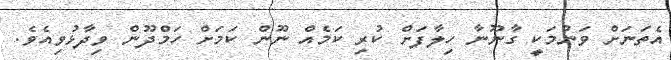
އެތަނަށް ވަނުމަކީ ގާނޫނާ ހިލާފަށް ކުރި ކަމެއް ނޫން ކަމަށް ހަމްދޫން ވިދާޅުވިއެވެ.